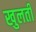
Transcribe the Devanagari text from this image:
खुलतीं